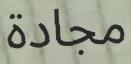
مجادة